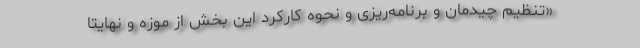
«تنظیم چیدمان و برنامه‌ریزی و نحوه كاركرد این بخش از موزه و نهایتا